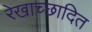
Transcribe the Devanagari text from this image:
रेखाच्छादित